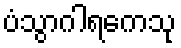
ပံသွာဂါရကေသု